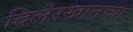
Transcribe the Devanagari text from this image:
दिलेरखानच्या